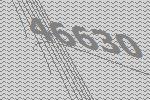
46630